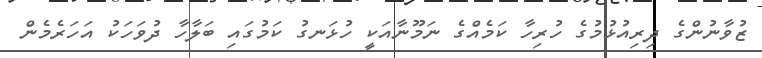
ޒުވާނުންގެ ދިރިއުޅުމުގެ ހުރިހާ ކަމެއްގެ ނަމޫނާއަކީ ހުޅަނގު ކަމުގައި ބަލާހާ ދުވަހަކު އަހަރެމެން